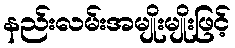
နည်းလမ်းအမျိုးမျိုးဖြင့်